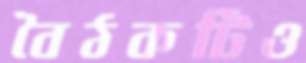
বৈঠকটিও